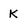
Character: k